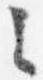
々